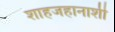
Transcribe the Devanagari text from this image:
शाहजहानाशी